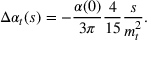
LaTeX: \Delta \alpha _ { t } ( s ) = - { \frac { \alpha ( 0 ) } { 3 \pi } } { \frac { 4 } { 1 5 } } { \frac { s } { m _ { t } ^ { 2 } } } .